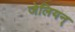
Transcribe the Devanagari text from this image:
जेलियन्